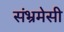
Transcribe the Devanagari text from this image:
संभ्रमेसी